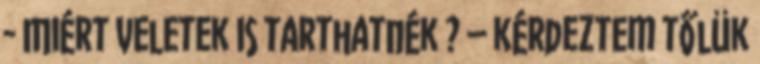
- Miért veletek is tarthatnék ? – kérdeztem tőlük